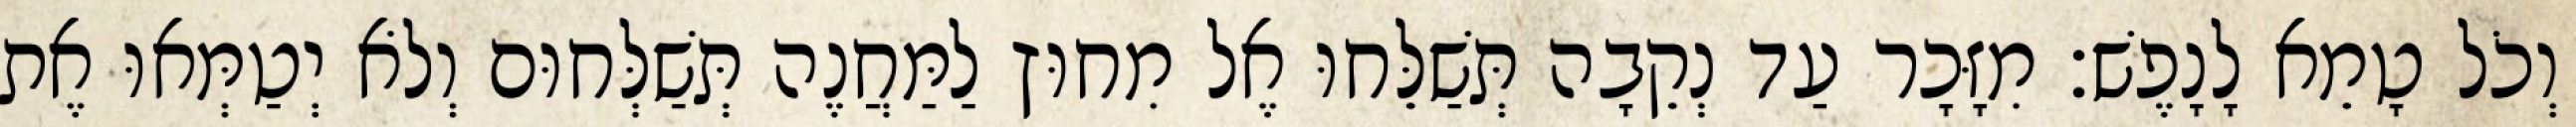
וְכֹל טָמֵא לָנָפֶשׁ׃ מִזָּכָר עַד נְקֵבָה תְּשַׁלֵּחוּ אֶל מִחוּץ לַמַּחֲנֶה תְּשַׁלְּחוּם וְלֹא יְטַמְּאוּ אֶת